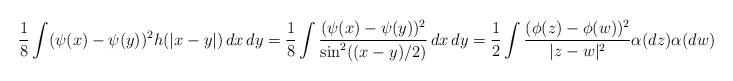
LaTeX: \begin{align*}\frac{1}{8}\int (\psi(x)-\psi(y))^2 h(|x-y|)\,dx\,dy=\frac{1}{8}\int\frac{(\psi(x)-\psi(y))^2}{\sin^2((x-y)/2)}\,dx\,dy=\frac{1}{2}\int\frac{(\phi(z)-\phi(w))^2}{|z-w|^2}\alpha(dz)\alpha(dw)\end{align*}